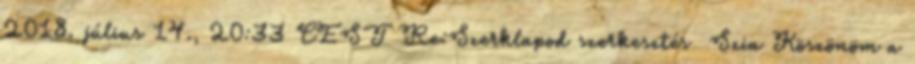
2018. július 14., 20:33 CEST Re:Szerklapod szerkesztés Szia Köszönöm a